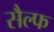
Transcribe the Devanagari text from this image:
सैल्फ